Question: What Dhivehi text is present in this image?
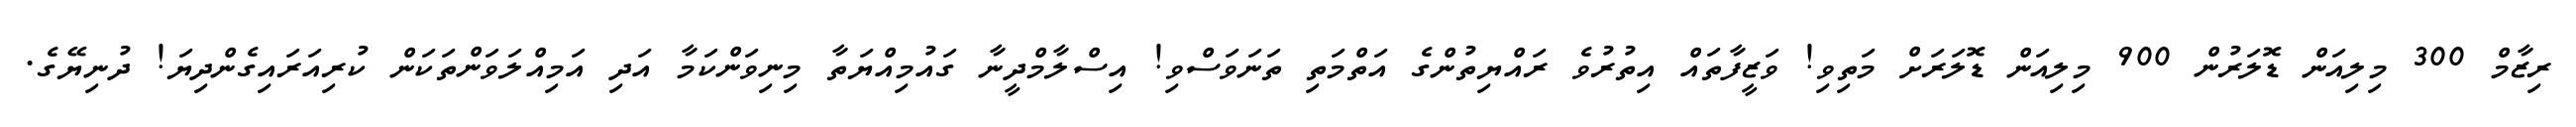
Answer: ރިޒާމް 300 މިލިއަން ޑޮލަރުން 900 މިލިއަން ޑޮލަރަށް މަތިވި! ވަޒީފާތައް އިތުރުވެ ރައްޔިތުންގެ އަތްމަތި ތަނަވަސްވި! އިސްލާމްދީނާ ގައުމިއްޔަތާ މިނިވަންކަމާ އަދި އަމިއްލަވަންތަކަން ކުރިއަރައިގެންދިޔަ! ދުނިޔޭގެ.